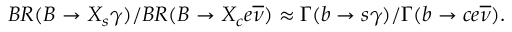
B R ( B \rightarrow X _ { s } \gamma ) / B R ( B \rightarrow X _ { c } e \overline { { \nu } } ) \approx \Gamma ( b \rightarrow s \gamma ) / \Gamma ( b \rightarrow c e \overline { { \nu } } ) .